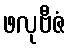
ဖလုဗီဇံ